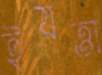
ইয়ত্তা